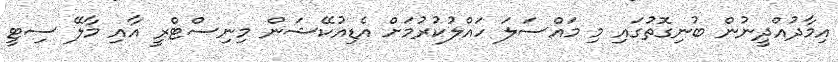
އިމާދުއްދީނުން ބުނިގޮތުގައި މި މައްސަލަ ހައްލުކުރުމަށް އެޑިއުކޭޝަން މިނިސްޓްރީ އާއި މާލޭ ސިޓީ